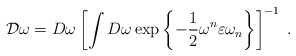
\begin{align*}{\cal D}\omega=D\omega\left[\int D\omega \exp\left\{-\frac{1}{2}\omega^{n}\varepsilon\omega_{n}\right\}\right]^{-1}\;.\end{align*}